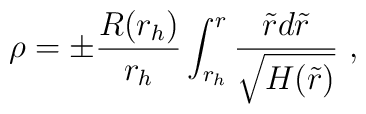
\rho = \pm\frac{R(r_h)}{r_h}\int_{r_h}^{r}\frac{\tilde{r}d\tilde{r}}{\sqrt{H(\tilde{r})}} \ ,